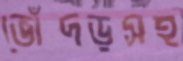
ভোঁদড়সহ